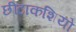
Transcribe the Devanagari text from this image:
छींटाकशियों